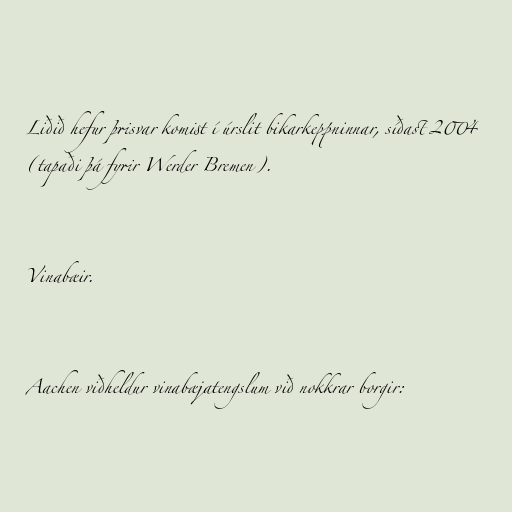
Liðið hefur þrisvar komist í úrslit bikarkeppninnar, síðast 2004
(tapaði þá fyrir Werder Bremen).

Vinabæir.

Aachen viðheldur vinabæjatengslum við nokkrar borgir: